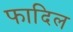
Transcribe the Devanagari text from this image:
फादिल